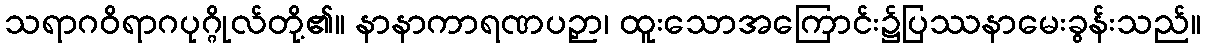
သရာဂဝိရာဂပုဂ္ဂိုလ်တို့၏။ နာနာကာရဏပဉှာ၊ ထူးသောအကြောင်း၌ပြဿနာမေးခွန်းသည်။